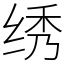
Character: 绣